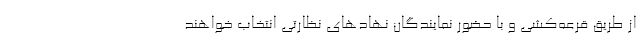
از طریق قرعه‌کشی و با حضور نمایندگان نهادهای نظارتی انتخاب خواهند